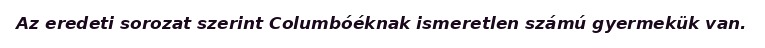
Az eredeti sorozat szerint Columbóéknak ismeretlen számú gyermekük van.